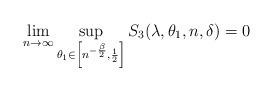
LaTeX: \begin{align*}\lim_{n \to \infty} \sup_{\theta_1\in \left[ n^{-\frac{\beta}{2}}, \frac{1}{2} \right]} S_3(\lambda, \theta_1, n, \delta)=0 \end{align*}